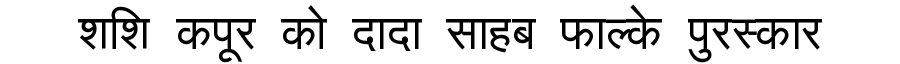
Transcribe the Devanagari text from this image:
शशि कपूर को दादा साहब फाल्के पुरस्कार